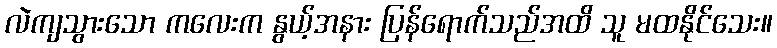
လဲကျသွားသော ကလေးက နွယ့်အနား ပြန်ရောက်သည်အထိ သူ မထနိုင်သေး။